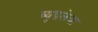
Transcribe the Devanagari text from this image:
ब्युडलेचा